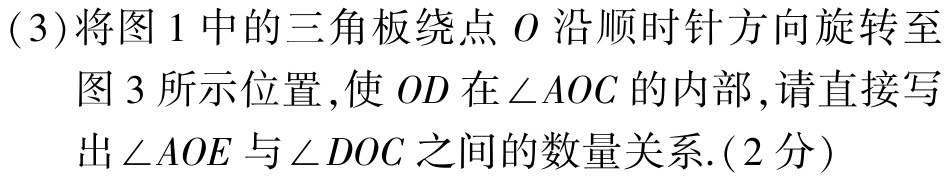
(3)将图1中的三角板绕点\(O\)沿顺时针方向旋转至

图3所示位置,使\(OD\)在\(\angle AOC\)的内部,请直接写

出\(\angle AOE\)与\(\angle DOC\)之间的数量关系.(2分)